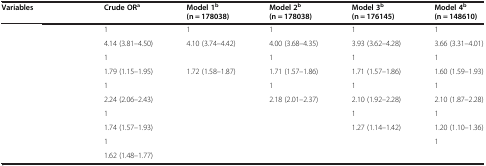
<table><thead><tr><td><b>Variables</b></td><td><b>Crude OR<sup>a</sup></b></td><td><b>Model 1<sup>b </sup>(n = 178038)</b></td><td><b>Model 2<sup>b </sup>(n = 178038)</b></td><td><b>Model 3<sup>b </sup>(n = 176145)</b></td><td><b>Model 4<sup>b </sup>(n = 148610)</b></td></tr></thead><tbody><tr><td>[EMPTY_CELL]</td><td>1</td><td>1</td><td>1</td><td>1</td><td>1</td></tr><tr><td>[EMPTY_CELL]</td><td>4.14 (3.81–4.50)</td><td>4.10 (3.74–4.42)</td><td>4.00 (3.68–4.35)</td><td>3.93 (3.62–4.28)</td><td>3.66 (3.31–4.01)</td></tr><tr><td>[EMPTY_CELL]</td><td>1</td><td>[EMPTY_CELL]</td><td>1</td><td>1</td><td>1</td></tr><tr><td>[EMPTY_CELL]</td><td>1.79 (1.15–1.95)</td><td>1.72 (1.58–1.87)</td><td>1.71 (1.57–1.86)</td><td>1.71 (1.57–1.86)</td><td>1.60 (1.59–1.93)</td></tr><tr><td>[EMPTY_CELL]</td><td>1</td><td>[EMPTY_CELL]</td><td>1</td><td>1</td><td>1</td></tr><tr><td>[EMPTY_CELL]</td><td>2.24 (2.06–2.43)</td><td>[EMPTY_CELL]</td><td>2.18 (2.01–2.37)</td><td>2.10 (1.92–2.28)</td><td>2.10 (1.87–2.28)</td></tr><tr><td>[EMPTY_CELL]</td><td>1</td><td rowspan="2">[EMPTY_CELL]</td><td>[EMPTY_CELL]</td><td>1</td><td>1</td></tr><tr><td>[EMPTY_CELL]</td><td>1.74 (1.57–1.93)</td><td>[EMPTY_CELL]</td><td>1.27 (1.14–1.42)</td><td>1.20 (1.10–1.36)</td></tr><tr><td>[EMPTY_CELL]</td><td>1</td><td rowspan="2">[EMPTY_CELL]</td><td rowspan="2">[EMPTY_CELL]</td><td rowspan="2">[EMPTY_CELL]</td><td>1</td></tr><tr><td>[EMPTY_CELL]</td><td>1.62 (1.48–1.77)</td><td>[EMPTY_CELL]</td></tr></tbody></table>